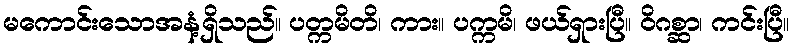
မကောင်းသောအနံ့ရှိသည်။ ပတ္ကမိတိ၊ ကား။ ပက္ကမိ၊ ဖယ်ရှားပြီ။ ဝိဂစ္ဆာ၊ ကင်းပြီ။